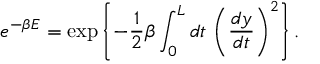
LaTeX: e ^ { - \beta E } = \exp \left\{ - \frac { 1 } { 2 } \beta \int _ { 0 } ^ { L } d t \, \left( \frac { d y } { d t } \right) ^ { 2 } \right\} .